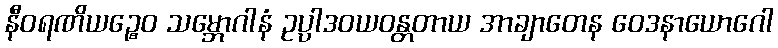
နီဝရဏိယဉ္စေဝ သမ္ဘောဂါနံ ဥပ္ပါဒဝယဝန္တတာယ အာချာတေန ဝေဒနာယောဂေါ